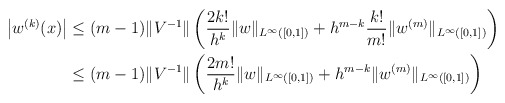
\begin{align*}\left| w^{(k)}(x) \right| &\leq (m-1) \|V^{-1}\| \left(\frac{2 k!}{h^k} \|w\|_{L^{\infty}([0,1])} + h^{m-k} \frac{k!}{m!} \|w^{(m)}\|_{L^{\infty}([0,1])}\right) \\&\leq (m-1) \|V^{-1}\| \left(\frac{2 m!}{h^k} \|w\|_{L^{\infty}([0,1])} + h^{m-k} \|w^{(m)}\|_{L^{\infty}([0,1])}\right)\end{align*}